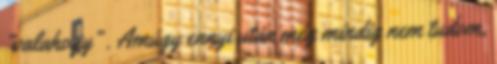
“valahogy” . Amúgy ennyi után még mindig nem tudom,